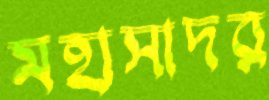
মহাসাদর